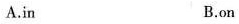
A.in B.on